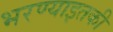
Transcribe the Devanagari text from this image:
भरण्याइतकी